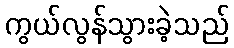
ကွယ်လွန်သွားခဲ့သည်